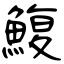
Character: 鰒